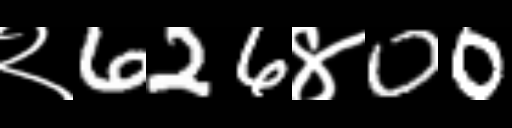
Text: २626४00